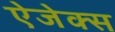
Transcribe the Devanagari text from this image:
ऐजेक्स